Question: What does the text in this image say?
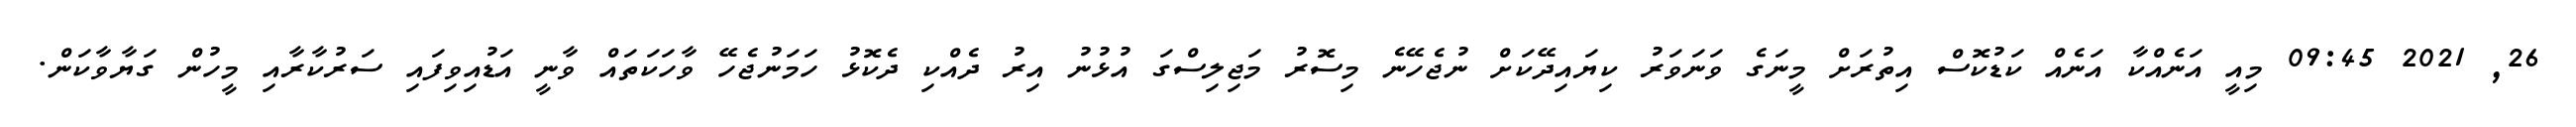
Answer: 26, 2021 09:45 މިއީ އަނެއްކާ އަނެއް ކަޑުކޮސް އިތުރަށް މީނަގެ ވަނަވަރު ކިޔައިދޭކަށް ނުޖެހޭނެ މިސޮރު މަޖިލިސްގަ އުޅުނު އިރު ދެއްކި ދެކޮޅު ހަމަނުޖެހޭ ވާހަކަތައް ވާނީ އަޑުއިވިފައި ސަރުކާރާއި މީހުން ގަޔާވާކަން.